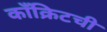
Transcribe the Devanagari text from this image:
काँक्रिटची